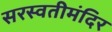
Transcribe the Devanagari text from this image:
सरस्वतीमंदिर